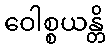
ဝေါစ္စယန္တိ